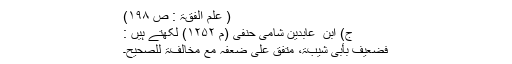
( علم الفقۃ : ص ۱۹۸)
ج) ابن ِ عابدین شامی حنفی (م ۱۲۵۲) لکھتے ہیں :
فضعیف بأبی شیبۃ، متّفق علی ضعفہ مع مخالفۃ للصّحیح۔